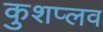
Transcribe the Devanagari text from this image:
कुशप्लव